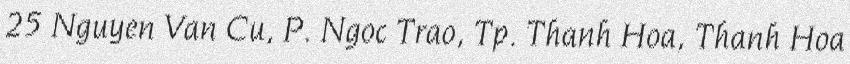
25 Nguyen Van Cu, P. Ngoc Trao, Tp. Thanh Hoa, Thanh Hoa